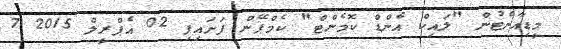
މީޑިއާނެޓުން "ލައިކް އެންޑް ކޮމެންޓް" ކެމްޕޭން ފަށައިފި 02 އެޕްރީލް 2015 7